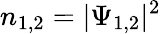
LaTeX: n_{1,2}=|\Psi_{1,2}|^{2}